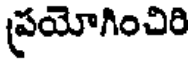
ప్రయోగించిరి